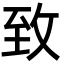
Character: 致